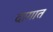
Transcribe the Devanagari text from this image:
दागात